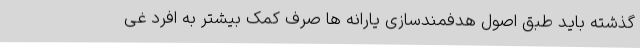
گذشته باید طبق اصول هدفمندسازی یارانه ها صرف کمک بیشتر به افرد غی